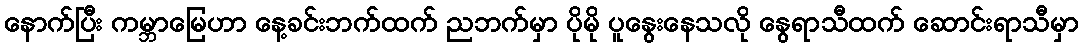
နောက်ပြီး ကမ္ဘာမြေဟာ နေ့ခင်းဘက်ထက် ညဘက်မှာ ပိုမို ပူနွေးနေသလို နွေရာသီထက် ဆောင်းရာသီမှာ